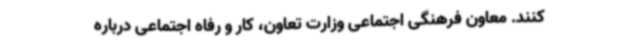
کنند. معاون فرهنگی اجتماعی وزارت تعاون، کار و رفاه اجتماعی درباره